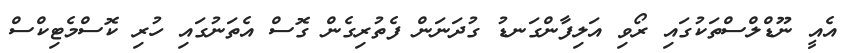
އެއީ ނޫޑްލްސްތަކުގައި ރޯވި އަލިފާންގަނޑު ގުދަނަން ފެތުރިގެން ގޮސް އެތަނުގައި ހުރި ކޮސްމެޓިކްސް